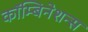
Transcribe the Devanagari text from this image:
कॉम्बिनेशन्स